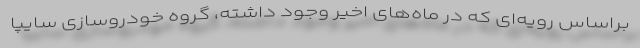
براساس رویه‌ای که در ماه‌های اخیر وجود داشته، گروه خودروسازی سایپا